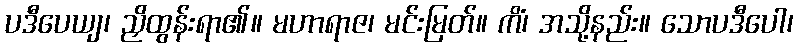
ပဒီပေယျ၊ ညှိထွန်းရာ၏။ မဟာရာဇ၊ မင်းမြတ်။ ကိံ၊ အသို့နည်း။ သောပဒီပေါ၊